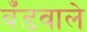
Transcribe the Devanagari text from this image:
बँडवाले